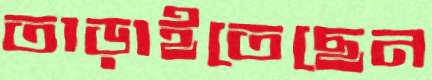
তাড়াইতেছেন